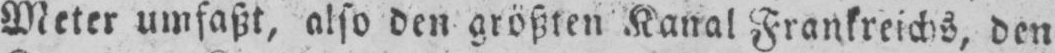
Meter umfaßt, also den größten Kanal Frankreichs, den